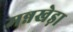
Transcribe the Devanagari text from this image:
मन्नखेड़ा